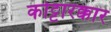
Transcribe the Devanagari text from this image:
कोट्टारक्कार